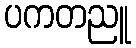
ပကတညူ